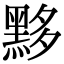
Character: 黟